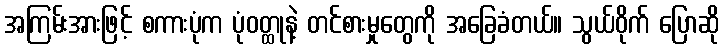
အကြမ်းအားဖြင့် စကားပုံက ပုံဝတ္ထုနဲ့ တင်စားမှုတွေကို အခြေခံတယ်။ သွယ်ဝိုက် ပြောဆို